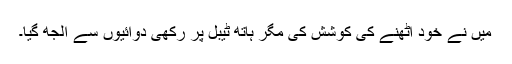
میں نے خود اٹھنے کی کوشش کی مگر ہاتھ ٹیبل پر رکھی دوائیوں سے الجھ گیا۔